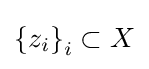
{\textstyle \left\{z_{i}\right\}_{i}\subset X}